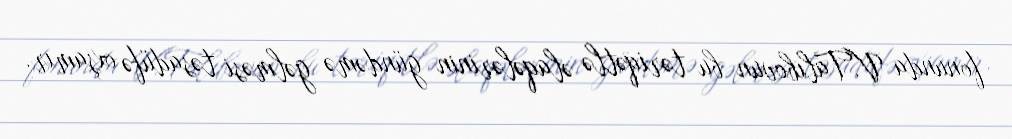
fonunda V.Talıbovun bu təriqətlə əlaqələrinin gündəmə gəlməsi təsadüfə oxşamır.